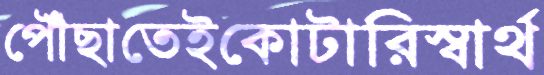
পৌঁছাতেইকোটারিস্বার্থ